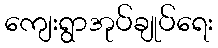
ကျေးရွာအုပ်ချုပ်ရေး